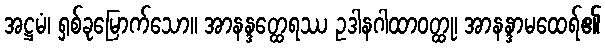
အဋ္ဌမံ၊ ရှစ်ခုမြောက်သော။ အာနန္ဒတ္ထေရဿ ဥဒါနဂါထာဝတ္ထု၊ အာနန္ဒာမထေရ်၏